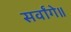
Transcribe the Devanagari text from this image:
सर्वांगे॥